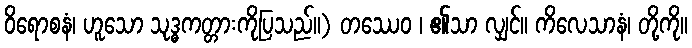
ဝိရောစနံ၊ ဟူသော သုဒ္ဓကတ္တားကိုပြသည်။) တဿေဝ ၊ ၏သာ လျှင်။ ကိလေသာနံ၊ တို့ကို။